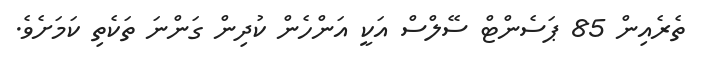
ތެރެއިން 85 ޕަސެންޓް ސޭލްސް އަކީ އަންހެން ކުދިން ގަންނަ ތަކެތި ކަމަށެވެ.